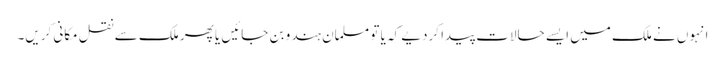
انہوں نے ملک میں ایسے حالات پیدا کردیے کہ یا تو مسلمان ہندو بن جائیں یا پھر ملک سے نقل مکانی کریں۔